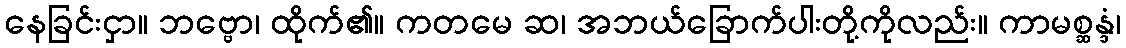
နေခြင်းငှာ။ ဘဗ္ဗော၊ ထိုက်၏။ ကတမေ ဆ၊ အဘယ်ခြောက်ပါးတို့ကိုလည်း။ ကာမစ္ဆန္ဒံ၊